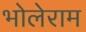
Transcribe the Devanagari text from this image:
भोलेराम